Medical and sanitary report of the native army of Bengal for the year
Year: 1876
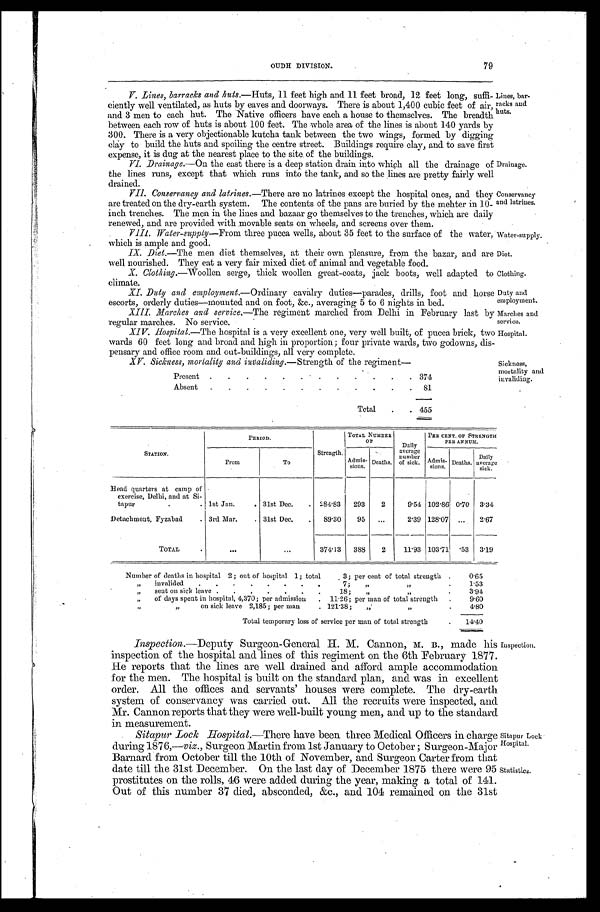
Drainage.
Conservancy
and latrines.
Water-supply.
Diet.
Clothing.
Duty and
employment.
Marches and
service.
Hospital.
Sickness,
mortality and
invaliding.
OUDH DIVISION. 79
V. Lines, barracks and huts. —Huts, 11 feet high and 11 feet broad, 12 feet long, suffi-
ciently well ventilated, as huts by eaves and doorways. There is about 1,400 cubic feet of air,
and 3 men to each hut. The Native officers have each a house to themselves. The breadth
between each row of huts is about 100 feet. The whole area of the lines is about 140 yards by
300. There is a very objectionable kutcha tank between the two wings, formed by digging
clay to build the huts and spoiling the centre street. Buildings require clay, and to save first
expense, it is dug at the nearest place to the site of the buildings.
VI. Drainage.—On the east there is a deep station drain into which all the drainage of
the lines runs, except that which runs into the tank, and so the lines are pretty fairly well
drained.
VII. Conservancy and latrines. —There are no latrines except the hospital ones, and they
are treated on the dry-earth system. The contents of the pans are buried by the mehter in 10-
inch trenches. The men in the lines and bazaar go themselves to the trenches, which are daily
renewed, and are provided with movable seats on wheels, and screens over them.
VIII. Water-supply —From three pucca wells, about 35 feet to the surface of the water,
which is ample and good.
IX. Diet.—The men diet themselves, at their own pleasure, from the bazar, and are
well nourished. They eat a very fair mixed diet of animal and vegetable food.
X. Clothing.—Woollen serge, thick woollen great-coats, jack boots, well adapted to
climate.
XI. Duty and employment.—Ordinary cavalry duties—parades, drills, foot and horse
escorts, orderly duties—mounted and on foot, &c., averaging 5 to 6 nights in bed.
XIII. Marches and service. —The regiment marched from Delhi in February last by
regular marches. No service.
XIV. Hospital.—The hospital is a very excellent one, very well built, of pucca brick, two
wards 60 feet long and broad and high in proportion; four private wards, two godowns, dis-
pensary and office room and out-buildings, all very complete.
XV. Sickness, mortality and invaliding.—Strength of the regiment—
Present .
.
.
.
.
.
.
.
.
.
.
. 374
Absent .
.
.
.
.
.
.
.
.
.
.
. 81
Total
.
. 455
Lines, bar-
racks and
huts.
STATION.
PERIOD.
Strength.
TOTAL NUMBER
O F
Daily
average
number
of sick.
PER CENT. OF STRENGTH
P E R ANNUM.
From
To
Admis- sions. Deaths.
Admis-
sions. Deaths.
Daily
average
sick.
Head quarters at camp of
exercise, Delhi, and at Si-
tapur
.
. 1st Jan.
. 31st Dec.
. 284.83 293
2
9.54 102.86 0.70 3.34
Detachment, Fyzabad
. 3rd Mar.
. 31st Dec.
. 89.30
95 ...
2.39 128.07 ...
2.67
TOTAL
.
. . .
. . .
374.13 388
2
11.93 103.71 .53 3.19
Number of deaths in hospital 2; out of hospital 1; total
3; per cent of total strength .
0.65
„
invalided
.
.
.
. .
.
.
.
7;
„
„
.
1.53
„
sent on sick leave .
.
.
.
.
.
.
18;
„
„
.
3.94
„
of days spent in hospital, 4,370; per admission
. 11.26; per man of total strength .
9.60
„
„ on sick leave 2,185; per man
. 121.38;
„
„
.
4 . 8 0
Total temporary loss of service per man of total strength
.
1 4 . 4 0
Inspection. —Deputy Surgeon-General H. M. Cannon, M. B., made his
inspection of the hospital and lines of this regiment on the 6th February 1877.
He reports that the lines are well drained and afford ample accommodation
for the men. The hospital is built on the standard plan, and was in excellent
order. All the offices and servants' houses were complete. The dry-earth
system of conservancy was carried out. All the recruits were inspected, and
Mr. Cannon reports that they were well-built young men, and up to the standard
in measurement.
Sitapur Lock Hospital. —There have been three Medical Officers in charge
during 1876,—viz., Surgeon Martin from 1st January to October; Surgeon-Major
Barnard from October till the 10th of November, and Surgeon Carter from that
date till the 31st December. On the last day of December 1875 there were 95
prostitutes on the rolls, 46 were added during the year, making a total of 141.
Out of this number 37 died, absconded, &c., and 104 remained on the 31st
Inspection.
Sitapur Lock
Hospital.
Statistics.